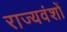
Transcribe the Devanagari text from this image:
राज्यवंशों